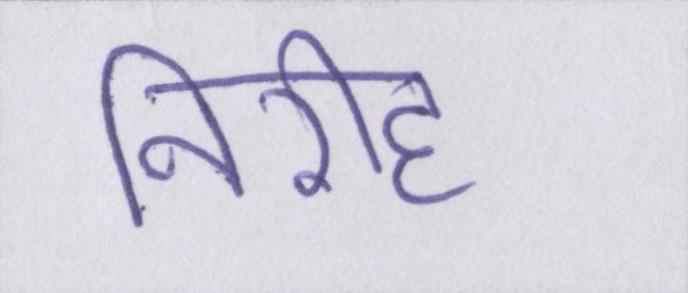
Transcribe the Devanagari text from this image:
निरीह